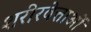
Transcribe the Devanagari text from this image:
शरीरवेत्ताओं